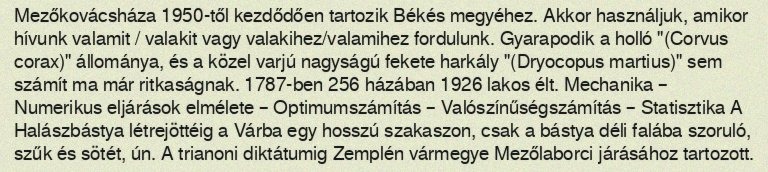
Mezőkovácsháza 1950-től kezdődően tartozik Békés megyéhez. Akkor használjuk, amikor hívunk valamit / valakit vagy valakihez/valamihez fordulunk. Gyarapodik a holló "(Corvus corax)" állománya, és a közel varjú nagyságú fekete harkály "(Dryocopus martius)" sem számít ma már ritkaságnak. 1787-ben 256 házában 1926 lakos élt. Mechanika – Numerikus eljárások elmélete – Optimumszámítás – Valószínűségszámítás – Statisztika A Halászbástya létrejöttéig a Várba egy hosszú szakaszon, csak a bástya déli falába szoruló, szűk és sötét, ún. A trianoni diktátumig Zemplén vármegye Mezőlaborci járásához tartozott.